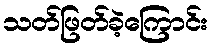
သတ်ဖြတ်ခဲ့ကြောင်း